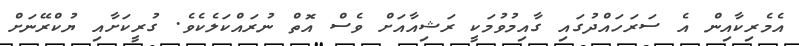
އެމެރިކާއިން އެ ސަރަހައްދުގައި ގާއިމުވުމަކީ ރަޝިއާއަށް ވެސް އޮތް ނުރައްކަލެކެވެ. ގުރީކަށާއި ޔުކްރޭނަށް